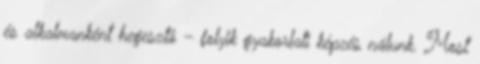
és alkalmanként hegesztô – folyik gyakorlati képzés nálunk. Most